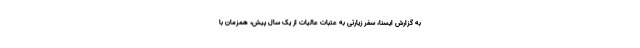
به گزارش ایسنا، سفر زیارتی به عتبات عالیات از یک سال پیش، همزمان با